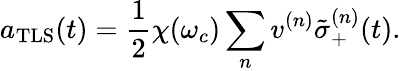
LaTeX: a_{\mathrm{TLS}}(t)=\frac{1}{2}\chi(\omega_{c})\sum_{n}v^{(n)}\tilde{\sigma}_{+}^{(n)}(t).